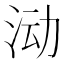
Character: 𱦅